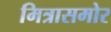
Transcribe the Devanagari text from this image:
मित्रासमोर